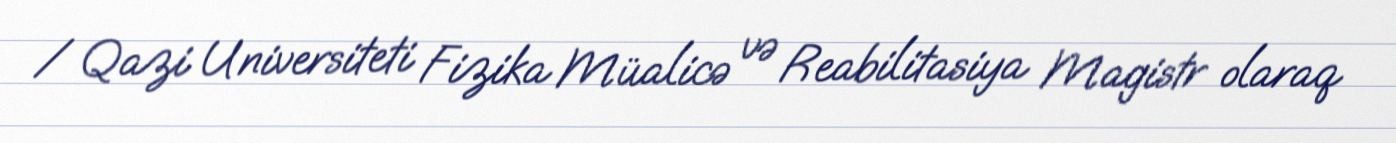
/ Qazi Universiteti Fizika Müalicə və Reabilitasiya Magistr olaraq